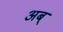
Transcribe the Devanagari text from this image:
अब्